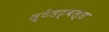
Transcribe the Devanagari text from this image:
स्टैडट्वल्ड